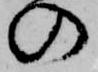
の